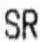
SR